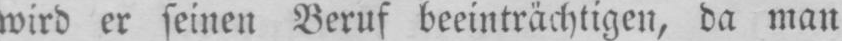
wird er seinen Beruf beeinträchtigen, da man